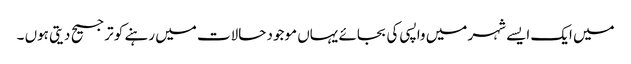
میں ایک ایسے شہر میں واپسی کی بجائے یہاں موجود حالات میں رہنے کو ترجیح دیتی ہوں ۔